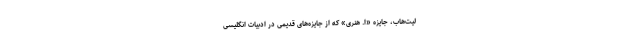
لیت‌هاب، جایزه «اُ. هنری» که از جایزه‌های قدیمی در ادبیات انگلیسی